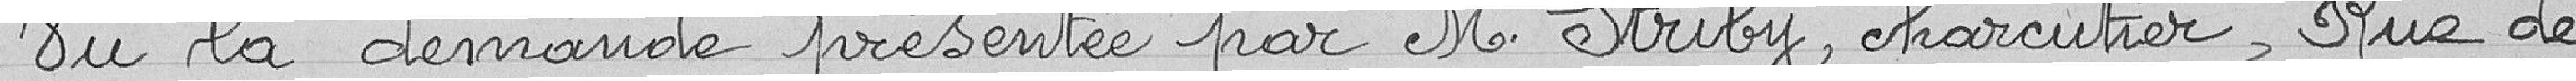
Vu la demande présentée par M. Striby, charcutier, Rue de